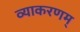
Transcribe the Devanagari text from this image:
व्याकरणम्